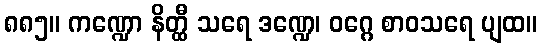
၈၈၅။ ကဏ္ဍော နိတ္ထီ သရေ ဒဏ္ဍေ၊ ဝဂ္ဂေ စာဝသရေ ပျထ။